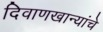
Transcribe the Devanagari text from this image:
दिवाणखान्यांचे